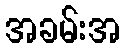
အခမ်းအ